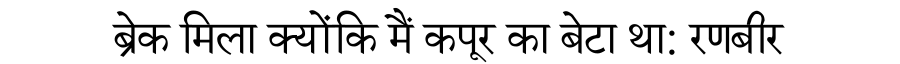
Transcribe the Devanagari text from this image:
ब्रेक मिला क्योंकि मैं कपूर का बेटा था: रणबीर